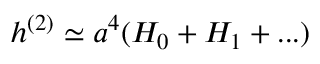
h ^ { ( 2 ) } \simeq a ^ { 4 } ( H _ { 0 } + H _ { 1 } + . . . )